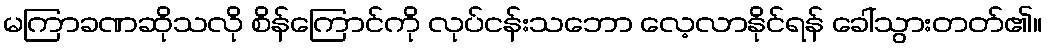
မကြာခဏဆိုသလို စိန်ကြောင်ကို လုပ်ငန်းသဘော လေ့လာနိုင်ရန် ခေါ်သွားတတ်၏။